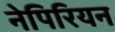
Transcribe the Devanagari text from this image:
नेपिरियन